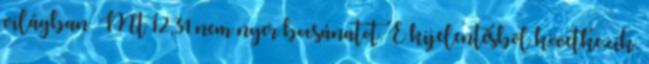
világban« Mt 12,31 nem nyer bocsánatot. E kijelentésbõl következik,